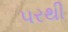
૫રથી